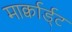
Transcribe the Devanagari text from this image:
मार्क्वार्ड्ट